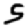
Digit: 5